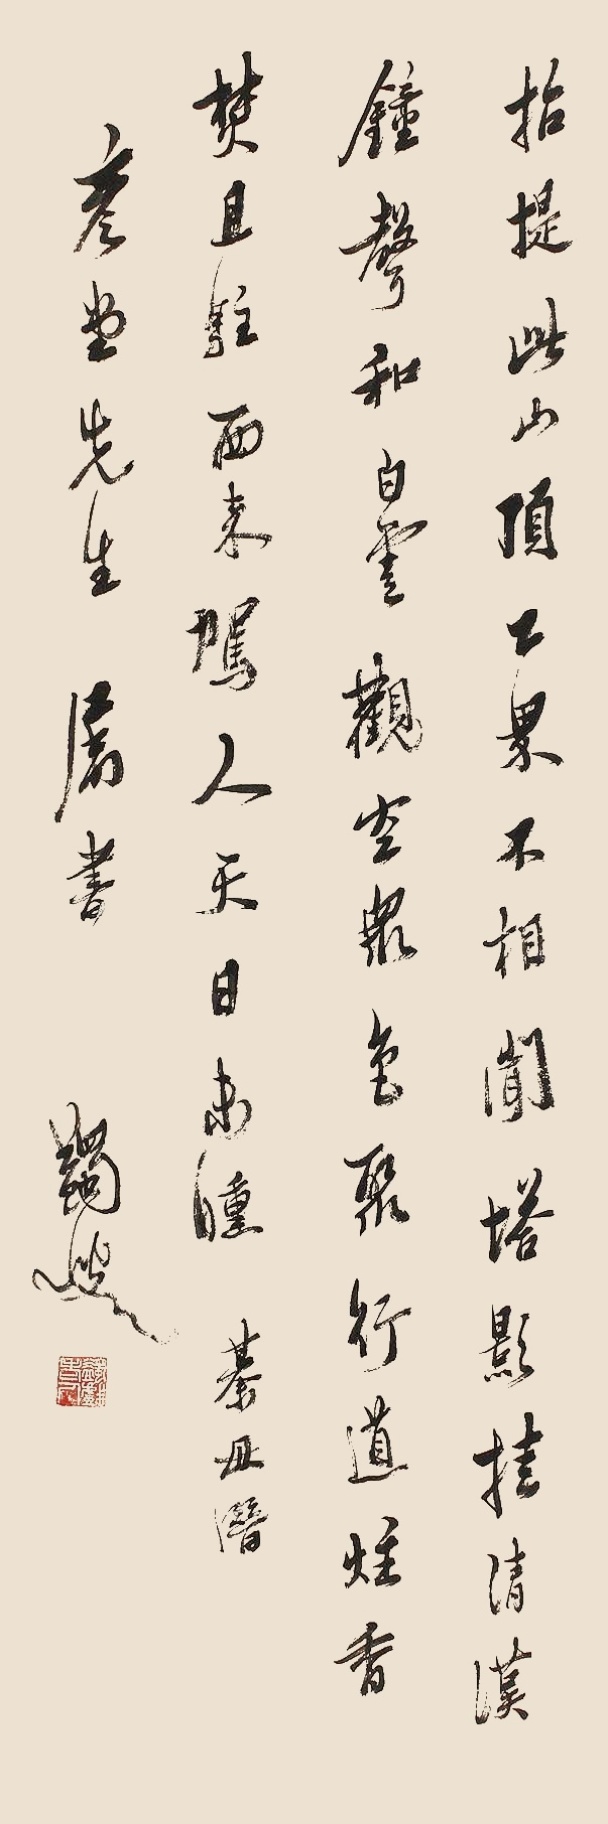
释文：招提此山顶，下界不相闻。塔影挂清汉，钟声和白云。观空众色聚，行道炷香焚。且驻西来驾，人天日未曛。綦毋潜。彦堂先生属书，蠲叟。